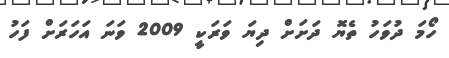
ހޯމަ ދުވަހު ތެޔޮ ދަށަށް ދިޔަ ވަރަކީ 2009 ވަނަ އަހަރަށް ފަހު